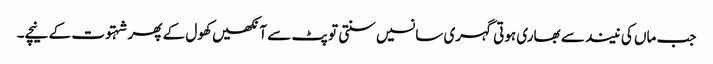
جب ماں کی نیند سے بھاری ہوتی گہری سانسیں سنتی تو پٹ سے آنکھیں کھول کے پھر شہتوت کے نیچے۔